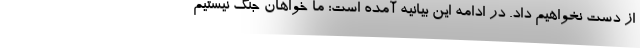
از دست نخواهیم داد. در ادامه این بیانیه آمده است: ما خواهان جنگ نیستیم